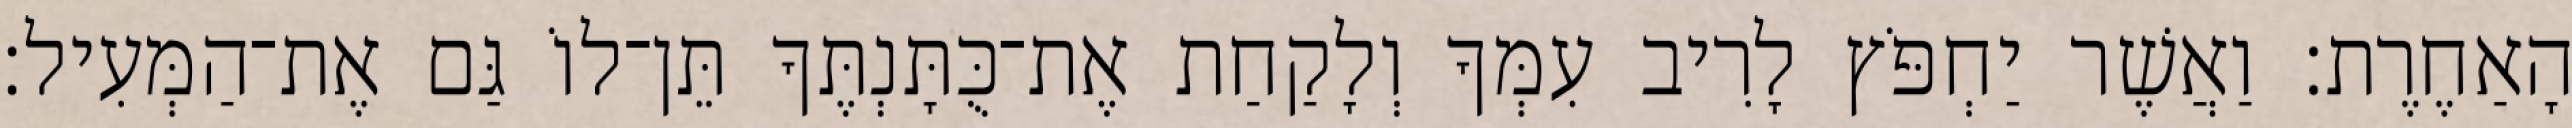
הָאַחֶרֶת׃ וַאֲשֶׁר יַחְפֹּץ לָרִיב עִמְּךָ וְלָקַחַת אֶת־כֻּתָּנְתֶּךָ תֵּן־לוֹ גַּם אֶת־הַמְּעִיל׃